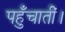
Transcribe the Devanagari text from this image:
पहुँचातीं।